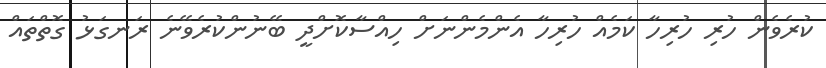
ކުރެވެން ހުރި ހުރިހާ ކަމެއް ހުރިހާ އެންމެންނަށް ހިއްސާކޮށްދީ ބޭނުންކުރެވޭނެ ރަނގަޅު ގޮތްތައް